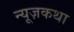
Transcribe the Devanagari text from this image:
न्यूज़कथा